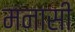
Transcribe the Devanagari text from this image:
मनासी